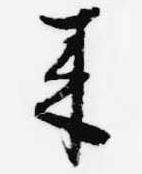
来